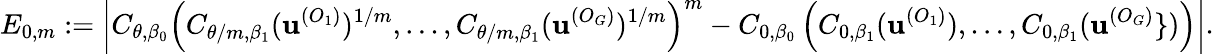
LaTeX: E_{0,m}:=\left|C_{\theta,\beta_{0}}\left(C_{\theta/m,\beta_{1}}(\textbf{u}^{(O_{1})})^{1/m},\dots,C_{\theta/m,\beta_{1}}(\textbf{u}^{(O_{G})})^{1/m}\right)^{m}-C_{0,\beta_{0}}\left(C_{0,\beta_{1}}(\textbf{u}^{(O_{1})}),\dots,C_{0,\beta_{1}}(\textbf{u}^{(O_{G})}\} )\right)\right|.